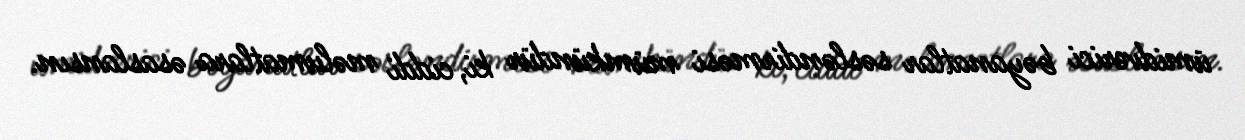
ümidverici bəyanatlar səsləndirməsi mümkündür ki, ciddi məlumatlara əsaslansın.